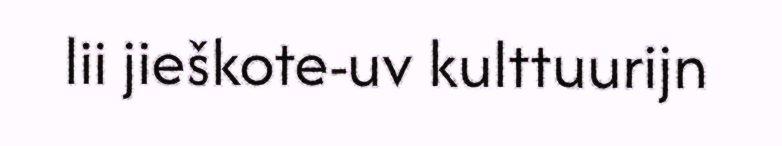
lii jieškote-uv kulttuurijn